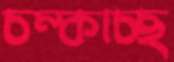
চম্‌কাচ্ছ